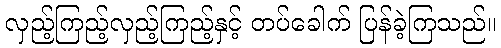
လှည့်ကြည့်လှည့်ကြည့်နှင့် တပ်ခေါက် ပြန်ခဲ့ကြသည်။